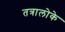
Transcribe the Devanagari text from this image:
तत्रालोके